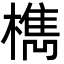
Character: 檇